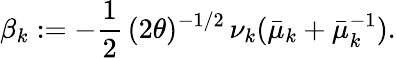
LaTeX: \beta_{k}:=-\frac{1}{2}\, (2\theta)^{-1/2}\, \nu_{k}(\bar{\mu}_{k}+\bar{\mu}_{k}^{-1}).